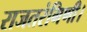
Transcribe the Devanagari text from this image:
राजतरंगिणी।